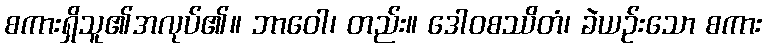
စကားရှိသူ၏အလုပ်၏။ ဘာဝေါ၊ တည်း။ ဒေါဝစဿိတံ၊ ခဲယဉ်းသော စကား